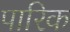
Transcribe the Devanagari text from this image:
पारिक